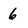
Character: 6